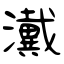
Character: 瀻